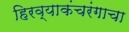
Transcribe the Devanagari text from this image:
हिरव्याकंचरंगाचा